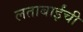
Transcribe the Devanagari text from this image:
लताबाईंची